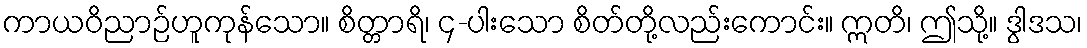
ကာယဝိညာဉ်ဟူကုန်သော။ စိတ္တာရိ၊ ၄-ပါးသော စိတ်တို့လည်းကောင်း။ ဣတိ၊ ဤသို့။ ဒွါဒသ၊